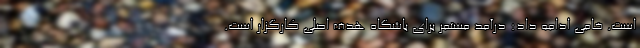
است. خامی ادامه داد: درآمد مستمر برای باشگاه هدف اصلی کارگزار است.